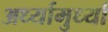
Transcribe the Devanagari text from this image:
अर्ध्यामुर्ध्या